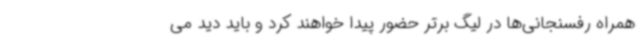
همراه رفسنجانی‌ها در لیگ برتر حضور پیدا خواهند کرد و باید دید می‌